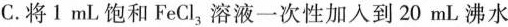
C.将1mL饱和FeCl，溶液一次性加入到20mL沸水